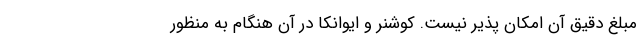
مبلغ دقیق آن امکان پذیر نیست. کوشنر و ایوانکا در آن هنگام به منظور